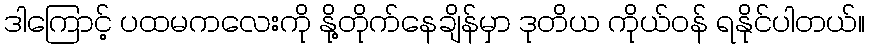
ဒါကြောင့် ပထမကလေးကို နို့တိုက်နေချိန်မှာ ဒုတိယ ကိုယ်ဝန် ရနိုင်ပါတယ်။